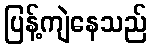
ပြန့်ကျဲနေသည်